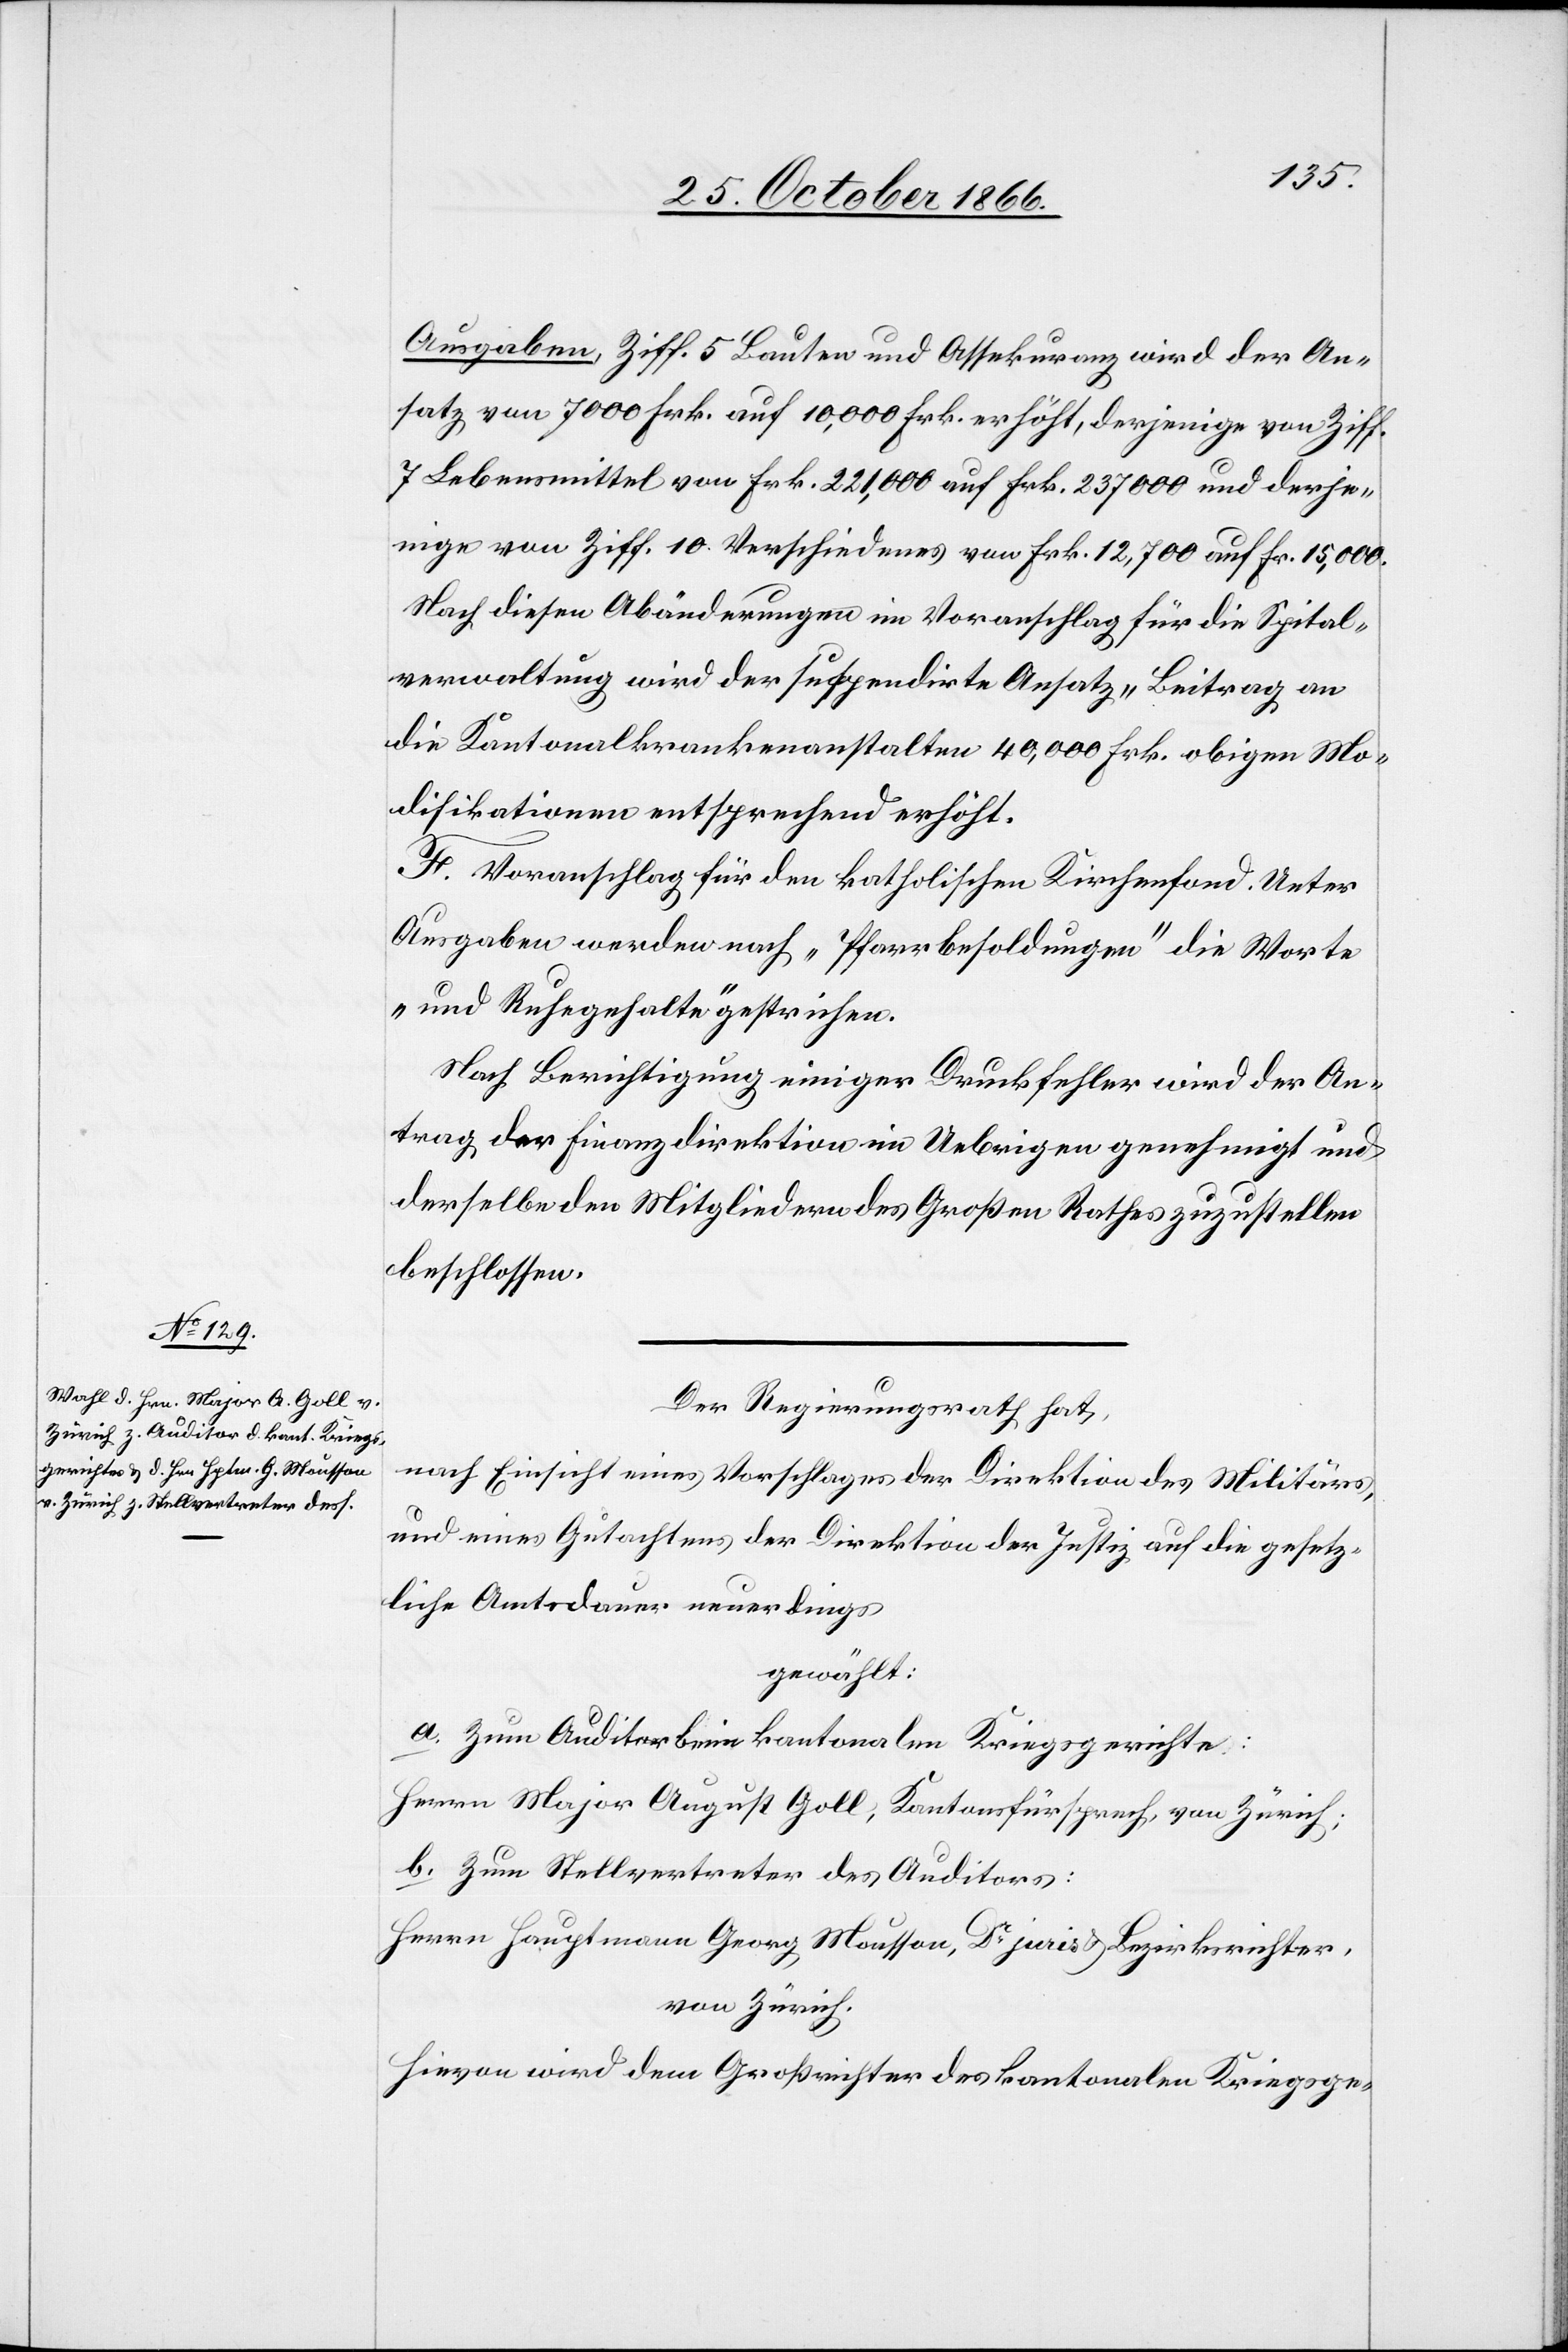
Ausgaben, Ziff. 5 Bauten und Assekuranz wird der An¬
satz von 7000 Frk. auf 10 000 Frk. erhöht, derjenige von Ziff.
7 Lebensmittel von Frk. 221 000 auf Frk. 237 000 und derje¬
nige von Ziff. 10. Verschiedenes von Frk. 12 700 auf Fr. 15 000.
Nach diesen Abänderungen im Voranschlag für die Spital¬
verwaltung wird der suspendirte Ansatz „Beitrag an
die Kantonalkrankenanstalten 40 000 Frk. obigen Mo¬
difikationen entsprechend erhöht.
F. Voranschlag für den katholischen Kirchenfond. Unter
Ausgaben werden nach „Pfarrbesoldungen“ die Worte
„und Ruhegehalte“ gestrichen.
Nach Berichtigung einiger Druckfehler wird der An¬
trag der Finanzdirektion im Uebrigen genehmigt und
derselbe den Mitgliedern des Großen Rathes zuzustellen
beschlossen.
Der Regierungsrath hat,
nach Einsicht eines Vorschlages der Direktion des Militärs,
und eines Gutachtens der Direktion der Justiz auf die gesetz¬
liche Amtsdauer neuerdings
gewählt:
a. Zum Auditor beim kantonalen Kriegsgerichte:
Herrn Major August Goll, Kantonsfürsprech, von Zürich;
b. Zum Stellvertreter des Auditors:
Herrn Hauptmann Georg Mousson, Dr. juris & Bezirksrichter,
von Zürich.
Hievon wird dem Großrichter des kantonalen Kriegsge-